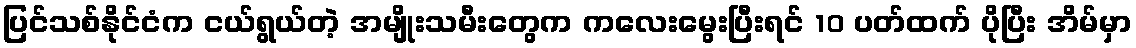
ပြင်သစ်နိုင်ငံက ငယ်ရွယ်တဲ့ အမျိုးသမီးတွေက ကလေးမွေးပြီးရင် 10 ပတ်ထက် ပိုပြီး အိမ်မှာ